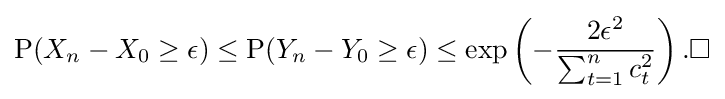
{\text{P}}(X_{n}-X_{0}\geq \epsilon )\leq {\text{P}}(Y_{n}-Y_{0}\geq \epsilon )\leq \exp \left(-{\frac {2\epsilon ^{2}}{\sum _{t=1}^{n}c_{t}^{2}}}\right).\square